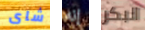
شاى إنه البكر